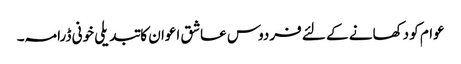
عوام کو دکھانے کے لئے فردوس عاشق اعوان کا تبدیلی خونی ڈرامہ۔